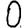
Digit: 0